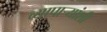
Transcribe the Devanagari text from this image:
व्यापार्‍यांशी